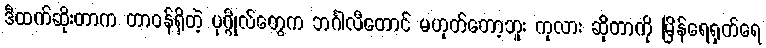
ဒီထက်ဆိုးတာက တာဝန်ရှိတဲ့ ပုဂ္ဂိုလ်တွေက ဘင်္ဂါလီတောင် မဟုတ်တော့ဘူး ကုလား ဆိုတာကို မြိန်ရေရှက်ရေ